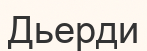
Дьерди